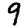
Digit: 9